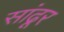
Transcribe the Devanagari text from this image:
सांढूर